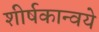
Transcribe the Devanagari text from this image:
शीर्षकान्वये